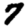
Digit: 7